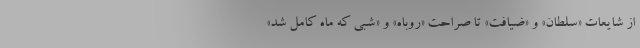
از شایعات «سلطان» و «ضیافت» تا صراحت «روباه» و «شبی که ماه کامل شد»